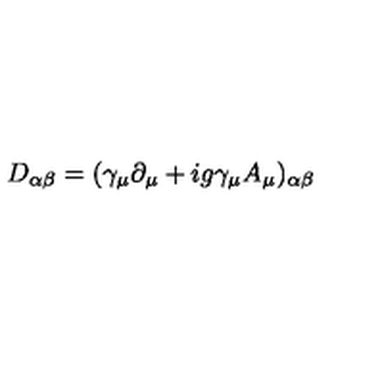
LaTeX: D _ { \alpha \beta } = ( \gamma _ { \mu } \partial _ { \mu } + i g \gamma _ { \mu } A _ { \mu } ) _ { \alpha \beta }